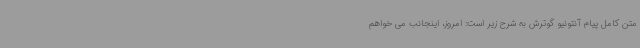
متن کامل پیام آنتونیو گوترش به شرح زیر است: امروز، اینجانب می خواهم